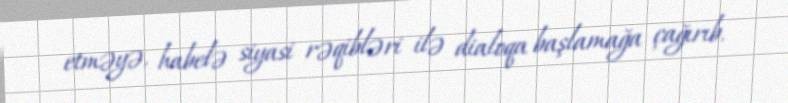
etməyə, habelə siyasi rəqibləri ilə dialoqa başlamağa çağırıb.